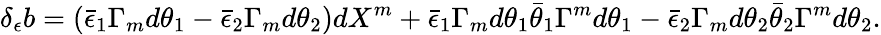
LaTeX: \delta_{\epsilon}b=(\bar{\epsilon}_{1}\Gamma_{m}d\theta_{1}-\bar{\epsilon}_{2}\Gamma_{m}d\theta_{2})dX^{m}+\bar{\epsilon}_{1}\Gamma_{m}d\theta_{1}\bar{\theta}_{1}\Gamma^{m}d\theta_{1}-\bar{\epsilon}_{2}\Gamma_{m}d\theta_{2}\bar{\theta}_{2}\Gamma^{m}d\theta_{2}.